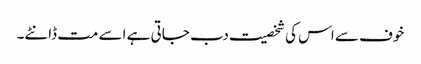
خوف سے اس کی شخصیت دب جاتی ہے اسے مت ڈانٹے۔